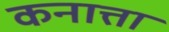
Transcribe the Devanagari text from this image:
कनात्ता